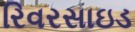
રિવરસાઇડ